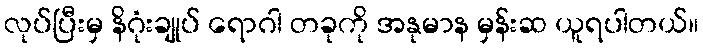
လုပ်ပြီးမှ နိဂုံးချုပ် ရောဂါ တခုကို အနုမာန မှန်းဆ ယူရပါတယ်။